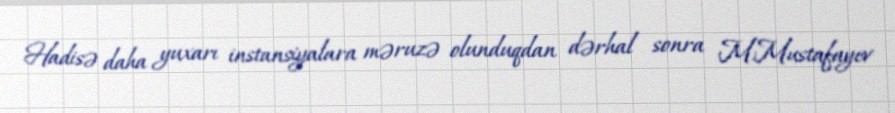
Hadisə daha yuxarı instansiyalara məruzə olunduqdan dərhal sonra M.Mustafayev